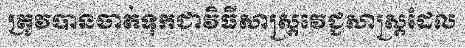
ត្រូវបានចាត់ទុកជាវិធីសាស្ត្រវេជ្ជសាស្ត្រដែល